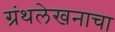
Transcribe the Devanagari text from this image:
ग्रंथलेखनाचा